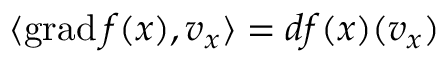
\langle \operatorname { g r a d } f ( x ) , v _ { x } \rangle = d f ( x ) ( v _ { x } )